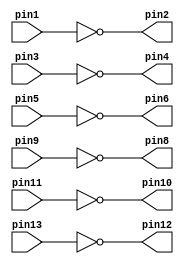
module v7404(input pin1, pin3, pin5, pin9, pin11, pin13, output pin2, pin4, pin6, pin8, pin10, pin12);

	assign pin2 = ~pin1;
	assign pin4 = ~pin3;
	assign pin6 = ~pin5;
	assign pin8 = ~pin9;
	assign pin10 = ~pin11;
	assign pin12 = ~pin13;
	
endmodule

module v7408(input pin1, pin2, pin4, pin5, pin8, pin9, pin11, pin12, output pin3, pin6, pin10, pin13);

	assign pin3 = (pin1 & pin2);
	assign pin6 = (pin4 & pin5);
	assign pin10 = (pin8 & pin9);
	assign pin13 = (pin11 & pin12);
	
endmodule

module v7432(input pin1, pin2, pin4, pin5, pin8, pin9, pin11, pin12, output pin3, pin6, pin10, pin13);

	assign pin3 = (pin1 | pin2);
	assign pin6 = (pin4 | pin5);
	assign pin10 = (pin8 | pin9);
	assign pin13 = (pin11 | pin12);
	
endmodule

module Main(LEDR, SW);
    input [9:0] SW;
    output [9:0] LEDR;
	 
	 wire Connection1, Connection2, Connection3;

    	 v7404 u0(.pin1(SW[0]),.pin2(Connection1));
	 v7408 u1(.pin1(SW[1]),.pin2(Connection1), .pin3(Connection2), .pin4(SW[0]), .pin5(SW[2]), .pin6(Connection3));
	 v7432 u2(.pin1(Connection2), .pin2(Connection3), .pin3(LEDR[0]));
	 
endmodule